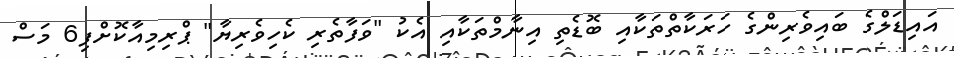
އައިޑަލްގެ ބައިވެރިންގެ ހަރަކާތްތަކާއި ބޮޑެތި އިނާމްތަކާއި އެކު "ވަފާތެރި ކެހިވެރިޔާ" ޕްރިމިއާކޮށްފި6 މަސް